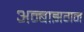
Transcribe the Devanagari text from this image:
अन्बाझगन